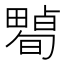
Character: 𤳠